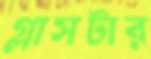
গ্লাসটার